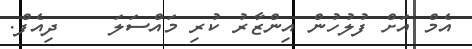
އެމް އަށް ފުލުހުން އިންޒާރު ކުރި މައްސަލަ    ދިއެފް.